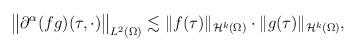
LaTeX: \begin{align*}\begin{aligned}&\big\|\partial^\alpha(fg)(\tau,\cdot)\big\|_{L^2(\Omega)}\lesssim \|f(\tau)\|_{\mathcal{H}^k(\Omega)}\cdot\|g(\tau)\|_{\mathcal{H}^k(\Omega)},\end{aligned}\end{align*}